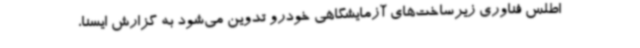
اطلس فناوری زیرساخت‌های آزمایشگاهی خودرو تدوین می‌شود به گزارش ایسنا،